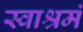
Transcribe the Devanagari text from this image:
स्वाश्रमं